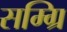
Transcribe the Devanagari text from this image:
सम्ग्रि